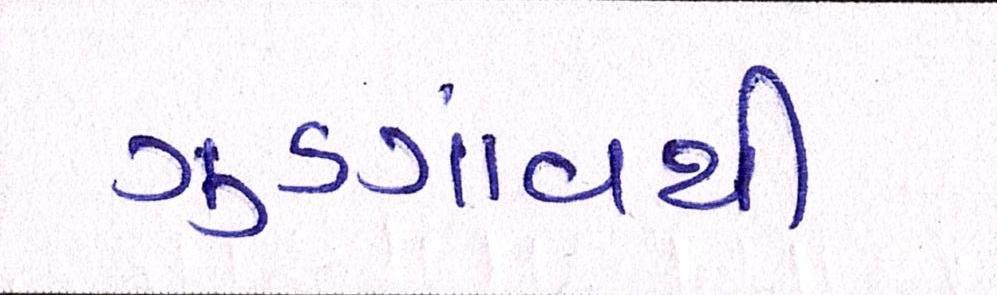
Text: ગુડગાંવથી